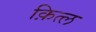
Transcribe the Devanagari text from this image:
क़ित्ल